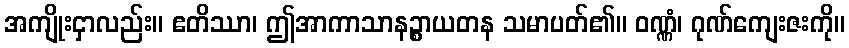
အကျိုးငှာလည်း။ ဧတိဿာ၊ ဤအာကာသာနဉ္စာယတန သမာပတ်၏။ ဝဏ္ဏံ၊ ဂုဏ်ကျေးဇးကို။